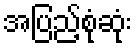
အပြည့်စုံဆုံး